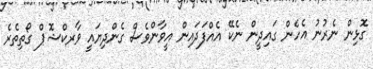
ގޮޅިން ނެރުނު އެހެން ގައިދީން ނެކޭ އެއްފަދައިން އީވާންވެސް ގެންދިޔައީ ވާރކްޝޮޕް ގޯތިތެރެ